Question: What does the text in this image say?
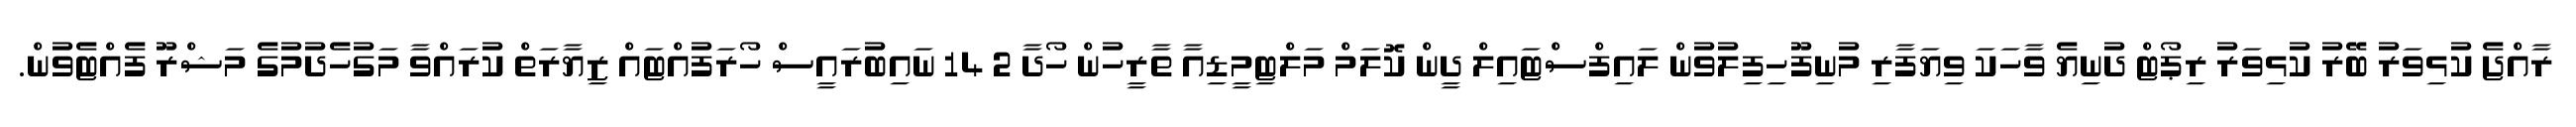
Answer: ރާއްޖެ ކުޅިވަރު ބޭރު ކުޅިވަރު ރިޕޯޓް ދުނިޔެ ވާހަކަ ވިޔަފާރި މުނިފޫހިފިލުވުން ލައިފްސްޓައިލް ދީން ކޮލަމް މަލްޓިމީޑިއާ ތާރީހުން ހޯދާ 2 14 ނައިބުރައީސް ހޯރަފުއްޓައް ޒިޔާރަތް ކުރައްވާ މަގުހެދުމުގެ މަޝްރޫ ފެއްޓެވުން.